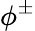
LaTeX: \phi^{\pm}